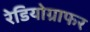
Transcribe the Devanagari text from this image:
रेडियोग्राफर